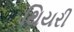
થિયરી